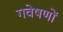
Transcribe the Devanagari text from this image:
गवेषणों